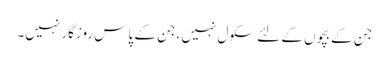
جن کے بچوں کے لئے سکول نہیں ،جن کے پاس روزگار نہیں۔